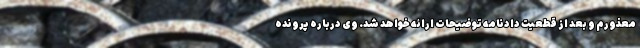
معذورم و بعد از قطعیت دادنامه توضیحات ارائه خواهد شد. وی درباره پرونده